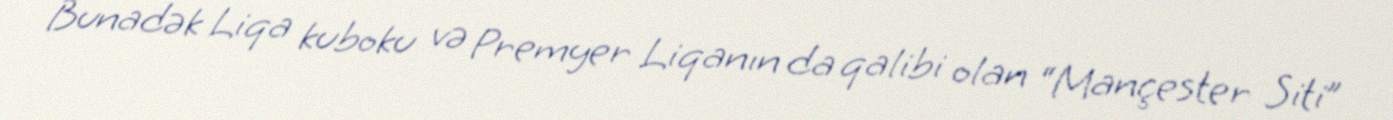
Bunadək Liqa kuboku və Premyer Liqanın da qalibi olan “Mançester Siti”